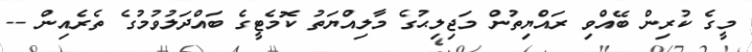
މީގެ ކުރިން ބޭއްްވި ރައްޔިތުން މަޖިލިޙުގެ މާލިއްޔަތު ކޮމެޓީގެ ބައްދަލުވުމުގެ ތެރެއިން --